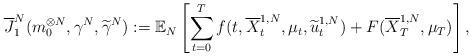
LaTeX: \begin{align*}\overline{J}_1^N(m_0^{\otimes N}, \gamma^N,\widetilde{\gamma}^N):= \mathbb{E}_N\left[ \sum_{t=0}^T f(t,\overline X_t^{1,N},\mu_t, \widetilde u^{1,N}_t) + F(\overline X_T^{1,N},\mu_T)\right],\end{align*}